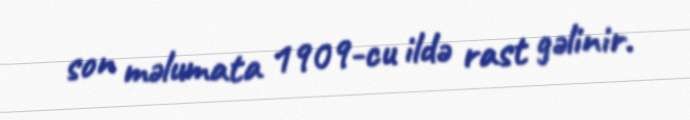
son məlumata 1909-cu ildə rast gəlinir.